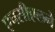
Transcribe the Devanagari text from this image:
एचसीएलने